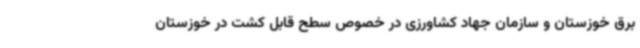
برق خوزستان و سازمان جهاد کشاورزی در خصوص سطح قابل کشت در خوزستان